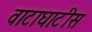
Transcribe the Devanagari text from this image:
वाटाघाटीस